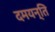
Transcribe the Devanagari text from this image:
दमयन्ति